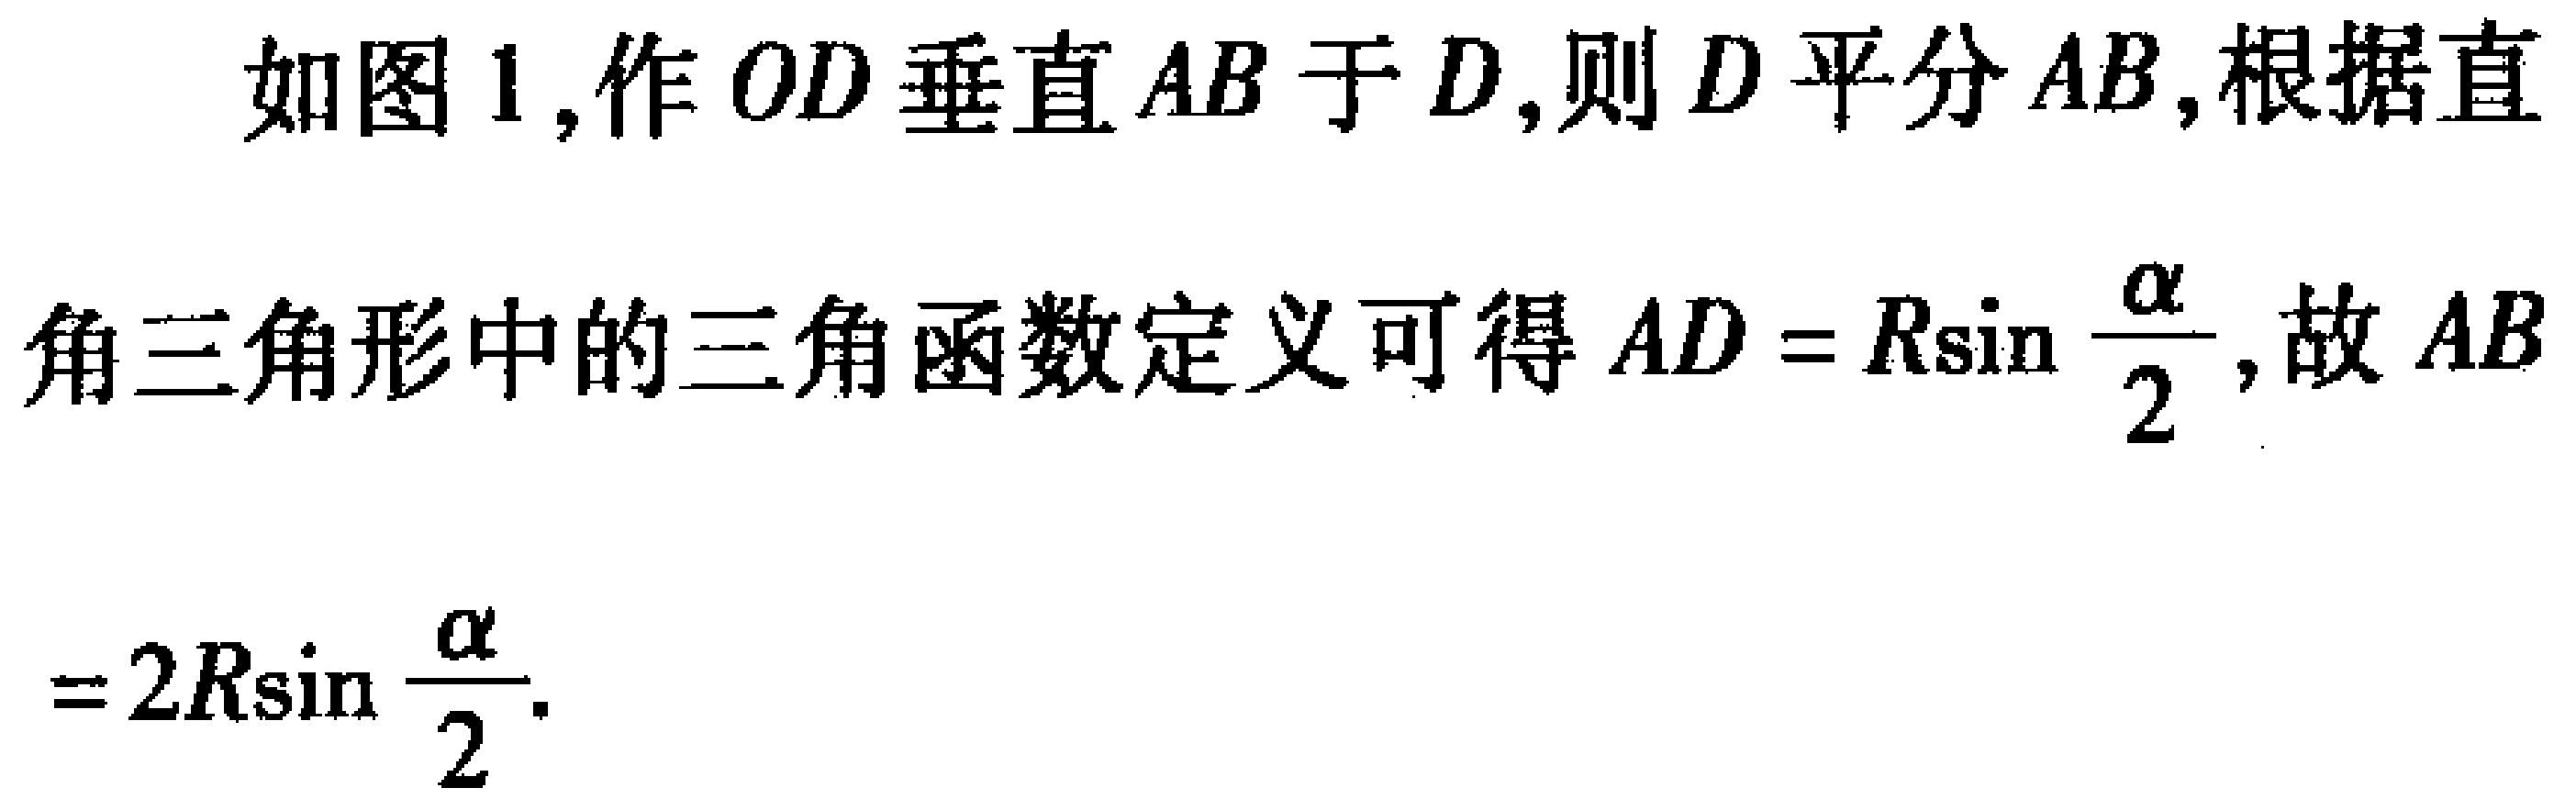
如图1,作 \(OD\) 垂直 \(AB\) 于 \(D\),则 \(D\) 平分 \(AB\),根据直角三角形中的三角函数定义可得 \(AD = R\sin\frac{\alpha}{2}\),故 \(AB = 2R\sin\frac{\alpha}{2}\).